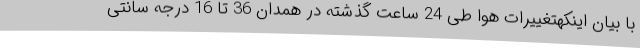
با بیان اینکهتغییرات هوا طی 24 ساعت گذشته در همدان 36 تا 16 درجه سانتی